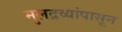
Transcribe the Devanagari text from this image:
मुलद्रव्यांपासून